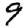
Digit: 9